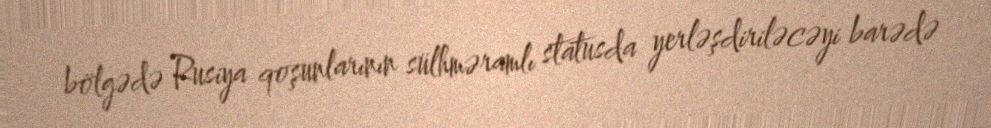
bölgədə Rusiya qoşunlarının sülhməramlı statusda yerləşdiriləcəyi barədə